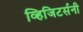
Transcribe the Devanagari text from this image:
व्हिजिटर्सनी